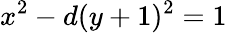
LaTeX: x^{2}-d(y+1)^{2}=1